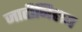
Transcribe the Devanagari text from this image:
जातीनिहाय